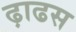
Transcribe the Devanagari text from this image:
ढ़ाढस